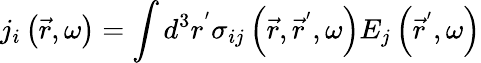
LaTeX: j_{i}\left(\vec{r},\omega\right)=\int d^{3}r^{^{\prime}}\sigma_{ij}\left(\vec{r},\vec{r}^{^{\prime}},\omega\right)E_{j}\left(\vec{r}^{^{\prime}},\omega\right)